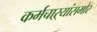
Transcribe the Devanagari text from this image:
कर्मचाऱ्यांसमोर